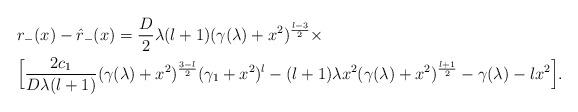
LaTeX: \begin{align*}\begin{aligned}&r_-(x)-\hat r_-(x)=\frac D2\lambda(l+1)(\gamma(\lambda)+x^2)^{\frac{l-3}2}\times\\&\Big[\frac{2c_1}{D\lambda(l+1)}(\gamma(\lambda)+x^2)^{\frac{3-l}2}(\gamma_1+x^2)^l-(l+1)\lambda x^2(\gamma(\lambda)+x^2)^{\frac{l+1}2}-\gamma(\lambda)-lx^2\Big].\end{aligned}\end{align*}